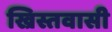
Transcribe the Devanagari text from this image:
ख्रिस्तवासी